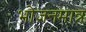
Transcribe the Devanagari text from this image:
भोजनमात्र